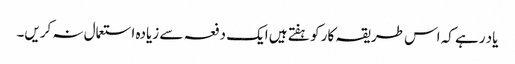
یاد رہے کہ اس طریقہ کار کو ہفتے ہیں ایک دفعہ سے زیادہ استعمال نہ کریں۔